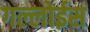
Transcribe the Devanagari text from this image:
गल्लोईस